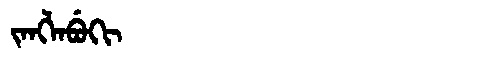
Manchu: ᠵᠠᠩᠯᠠᠪᡠᡴᡳ
Romanization: JANGLABUKI